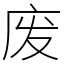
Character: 废